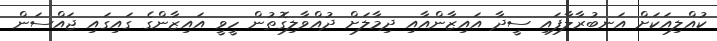
ކުއްލިއަކަށް އަނބުރާލާފައި ސީދާ އައިޒާންއާއި ދިމާލަށް ދުއްވާލިގޮތުން ހީވީ އައިޒާންގެ ގައިގައި ޖައްސަން